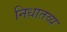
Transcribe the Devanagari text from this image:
निधातव्य